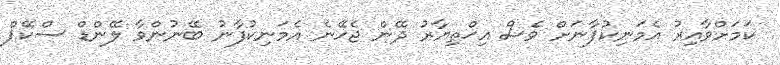
ކަމަށްވާއިރު އެމަނިކުފާނަށް ވެސް އިޚްތިޔާރު ދޭން ޖެހޭނެ އެމަނިކުފާނު ބޭނުންވާ ލޭންޑް ސްކޭޕް